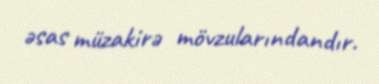
əsas müzakirə mövzularındandır.